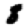
Digit: 8